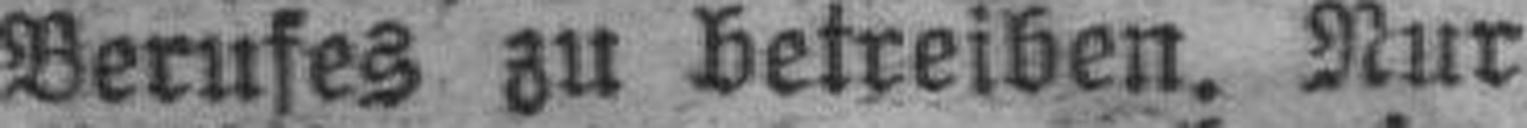
Berufes zu betreiben. Nur